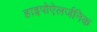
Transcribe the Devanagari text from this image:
हाइपोऐलर्जनिक